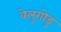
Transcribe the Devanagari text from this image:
वेलुगोडु